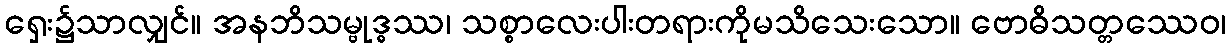
ရှေး၌သာလျှင်။ အနဘိသမ္ဗုဒ္ဓဿ၊ သစ္စာလေးပါးတရားကိုမသိသေးသော။ ဗောဓိသတ္တဿေဝ၊